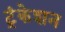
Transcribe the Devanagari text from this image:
ट्रंकेशन